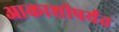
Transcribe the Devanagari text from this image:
आकाशीपर्यंत